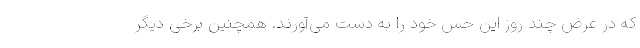
که در عرض چند روز این حس خود را به دست می‌آورند. همچنین برخی دیگر